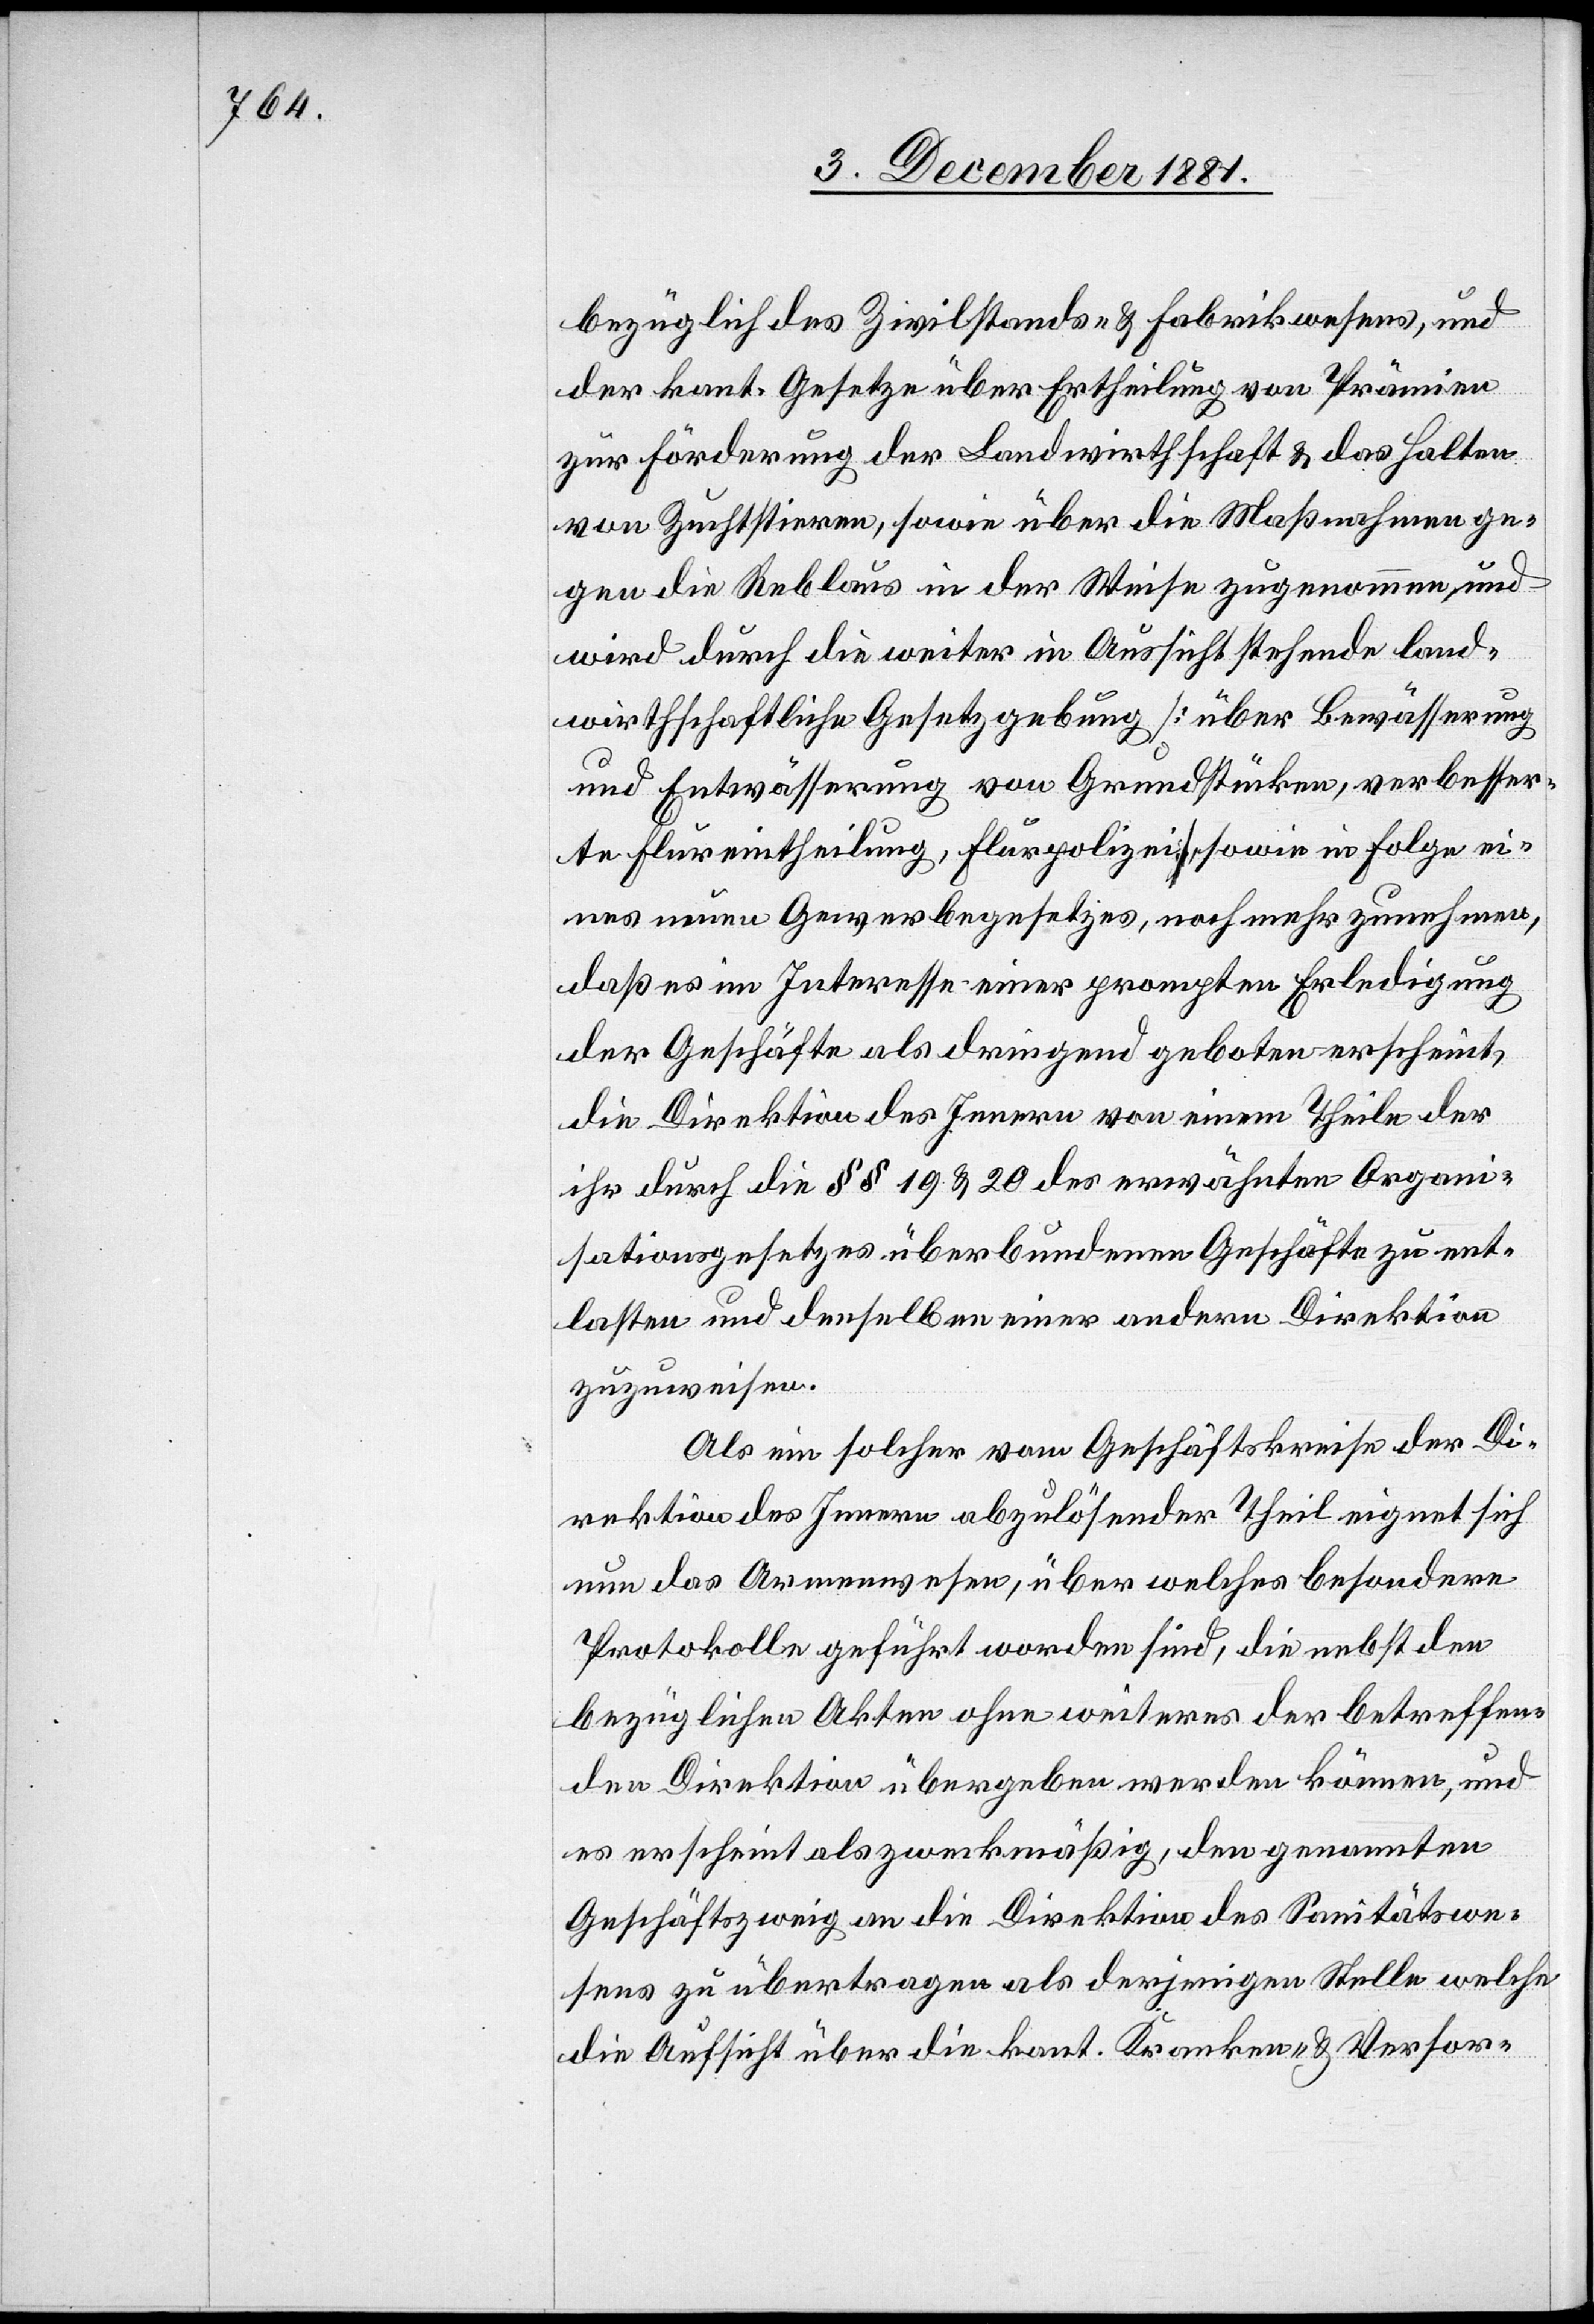
bezüglich des Zivilstands- & Fabrikwesens, und
der kant. Gesetze über Ertheilung von Prämien
zur Förderung der Landwirthschaft & das Halten
von Zuchtstieren, sowie über die Maßnahmen ge¬
gen die Reblaus in der Weise zugenommen, und
wird durch die weiter in Aussicht stehende land¬
wirthschaftliche Gesetzgebung [über Bewässerung
und Entwässerung von Grundstücken, verbesser¬
te Flureintheilung, Flurpolizei], sowie in Folge ei¬
nes neuen Gewerbegesetzes, noch mehr zunehmen,
daß es im Interesse einer prompten Erledigung
der Geschäfte als dringend geboten erscheint,
die Direktion des Innern von einem Theile der
ihr durch die §§ 19 & 20 des erwähnten Organi¬
sationsgesetzes überbundenen Geschäfte zu ent¬
lasten und denselben einer andern Direktion
zuzuweisen.
Als ein solcher vom Geschäftskreise der Di¬
rektion des Innern abzulösender Theil eignet sich
nun das Armenwesen, über welches besondere
Protokolle geführt worden sind, die nebst den
bezüglichen Akten ohne weiteres der betreffen¬
den Direktion übergeben werden können, und
es erscheint als zweckmäßig, den genannten
Geschäftszweig an die Direktion des Sanitätswe¬
sens zu übertragen als derjenigen Stelle welche
die Aufsicht über die kant. Kranken- & Versor-